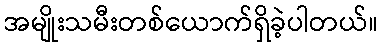
အမျိုးသမီးတစ်ယောက်ရှိခဲ့ပါတယ်။